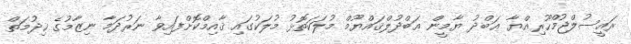
ރައީސުލްޖުމްހޫރިއްޔާ ޢަބްދު ޔާމީން ޢަބްދުލްޤައްޔޫމް މުލަކަތޮޅު މުލަކުގައި ޤާއިމްކޮށްފައިވާ ނަރުދަމާ ނިޒާމުގެ ޚިދުމަތް